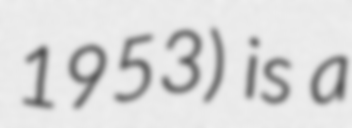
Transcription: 1953) is a